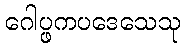
ဂေါပ္ဖကပဒေသေသု